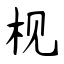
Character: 枧